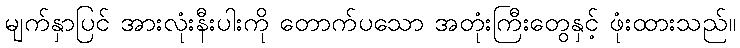
မျက်နှာပြင် အားလုံးနီးပါးကို တောက်ပသော အတုံးကြီးတွေနှင့် ဖုံးထားသည်။